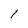
Character: 1